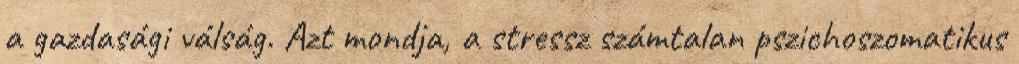
a gazdasági válság. Azt mondja, a stressz számtalan pszichoszomatikus